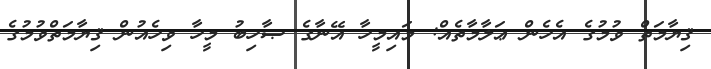
ޤިޔާމަތް ވުމުގެ އެހެން ޢަލާމާތެއް: މައިމީހާ އޭނާގެ ޞާހިބު މީހާ ވިހެއުން ޤިޔާމަތްވުމުގެ